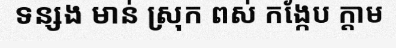
ទន្សង មាន់ ស្រុក ពស់ កង្កែប ក្តាម